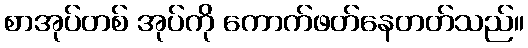
စာအုပ်တစ် အုပ်ကို ကောက်ဖတ်နေတတ်သည်။